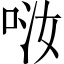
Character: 𠲤